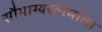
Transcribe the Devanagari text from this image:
सौभाग्यरत्नमाला